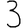
Digit: 3